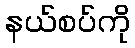
နယ်စပ်ကို